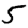
Digit: 5